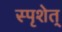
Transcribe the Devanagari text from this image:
स्पृशेत्